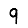
Digit: 9